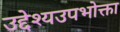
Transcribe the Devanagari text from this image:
उद्देश्यउपभोक्ता